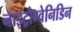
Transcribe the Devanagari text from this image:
नाइट्रोग्वेनिडिन